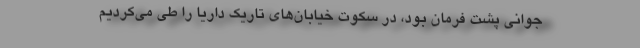
جوانی پشت فرمان بود، در سکوت خیابان‌های تاریک داریا را طی می‌کردیم